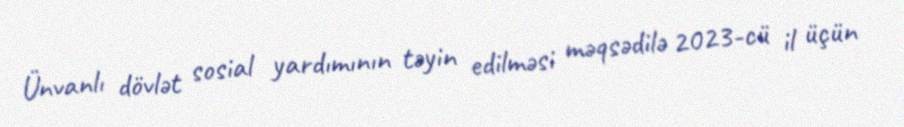
Ünvanlı dövlət sosial yardımının təyin edilməsi məqsədilə 2023-cü il üçün